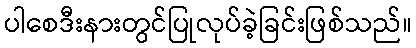
ပါစေဒီးနားတွင်ပြုလုပ်ခဲ့ခြင်းဖြစ်သည်။